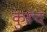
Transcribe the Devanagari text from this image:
कुरूंद